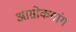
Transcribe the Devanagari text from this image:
आम्रोकगांग